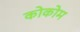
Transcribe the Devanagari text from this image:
कोकोम